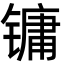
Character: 镛